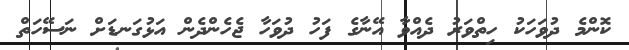
ކޮންމެ ދުވަހަކު ހިތްވަރު ދެއްވާ އޭނާގެ ފަހު ދުވަހާ ޖެހެންދެން އަޅުގަނޑަށް ނަސޭހަތް